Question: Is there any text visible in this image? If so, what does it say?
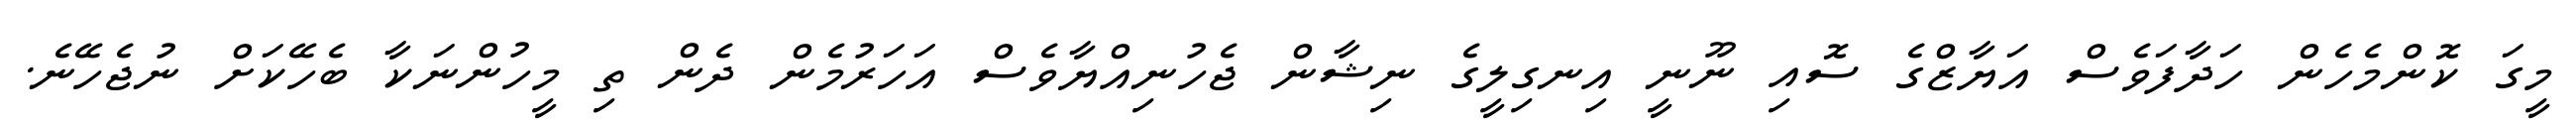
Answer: މީގަ ކޮންމެހެން ހަދާފަވެސް އަޔާޒްގެ ސޮއި ނޫނީ އިނގިލީގެ ނިޝާން ޖެހުނިއްޔާވެސް އަހަރުމެން ދެން ތި މީހުންނަކާ ބެހޭކަށް ނުޖެހޭނެ.